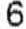
6